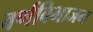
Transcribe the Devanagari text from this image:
वर्णविभाजन